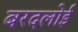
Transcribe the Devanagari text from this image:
बरदलोई